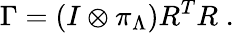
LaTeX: \Gamma=(I\otimes\pi_{\Lambda})R^{T}R\; .